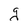
Character: g